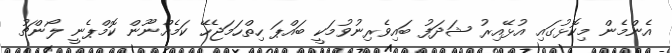
އެންމެން މިކޮޅުގައި އުޅޭއިރު ޝަދަފު ބައިވެރިނުވުމަކީ ބައްޕަ ހިތްހަމަޖެހޭ ކަމެއްނޫން ކޮމްޕެނީ ލޯންޗު